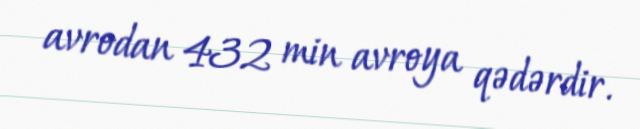
avrodan 432 min avroya qədərdir.